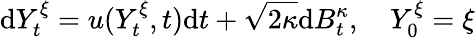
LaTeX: \mathrm{d}Y_{t}^{\xi}=u(Y_{t}^{\xi},t)\mathrm{d}t+\sqrt{2\kappa}\mathrm{d}B_{t}^{\kappa},\quad Y_{0}^{\xi}=\xi